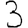
Digit: 3